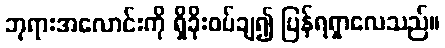
ဘုရားအလောင်းကို ရှိခိုးဝပ်ချ၍ ပြန်ရရှာလေသည်။